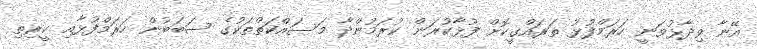
އޭނާ ވިދާޅުވަނީ ހަރަމްފުޅު ތަރައްގީކޮށް ފުޅާކުރަން ކުރަމުންދާ މަސައްކަތްތަކުގެ ސަބަބުން ހަރަމްފުޅާއި ކީރިތި